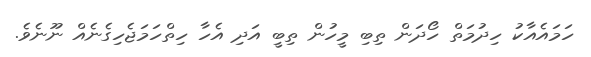
ހަމައެއާކު ހިދުމަތް ހޯދަން ތިބި މީހުން ތިބީ އަދި އެހާ ހިތްހަމަޖެހިގެނެއް ނޫނެވެ.